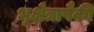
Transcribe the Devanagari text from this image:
भूक्षेत्रापैकी